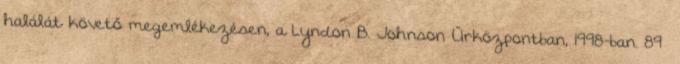
halálát követő megemlékezésen, a Lyndon B. Johnson Űrközpontban, 1998-ban. 89